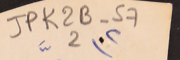
JPK2B-57							2 		(٢